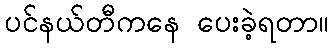
ပင်နယ်တီကနေ ပေးခဲ့ရတာ။